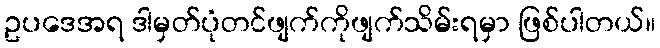
ဥပဒေအရ ဒါမှတ်ပုံတင်ဖျက်ကိုဖျက်သိမ်းရမှာ ဖြစ်ပါတယ်။